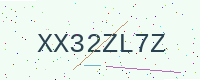
Text: XX32ZL7Z